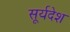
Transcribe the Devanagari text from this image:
सूर्यदेश